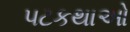
પટકથાઓ